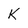
Character: K